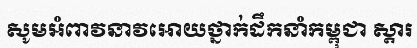
សូមអំពាវនាវអោយថ្នាក់ដឹកនាំកម្ពុជា ស្តារ